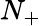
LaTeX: N_{+}